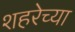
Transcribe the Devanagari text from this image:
शहरेच्या